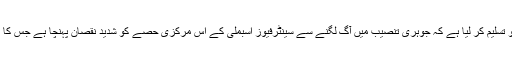
لیکن اب ایران نے اس بات کو تسلیم کر لیا ہے کہ جوہری تنصیب میں آگ لگنے سے سینٹرفیوز اسبملی کے اس مرکزی حصے کو شدید نقصان پہنچا ہے جس کا افتتاح 2018 میں کیا گیا تھا۔